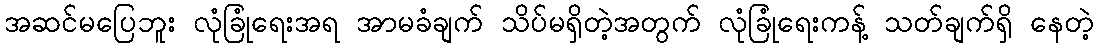
အဆင်မပြေဘူး လုံခြုံရေးအရ အာမခံချက် သိပ်မရှိတဲ့အတွက် လုံခြုံရေးကန့် သတ်ချက်ရှိ နေတဲ့